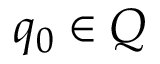
q _ { 0 } \in Q